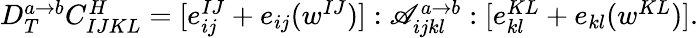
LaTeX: \begin{array}{r}{D_{T}^{a\rightarrow b}C_{IJKL}^{H}=[e_{ij}^{IJ}+e_{ij}(w^{IJ})]:\mathscr{A}_{ijkl}^{a\rightarrow b}:[e_{kl}^{KL}+e_{kl}(w^{KL})].}\end{array}